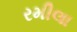
રમીલા